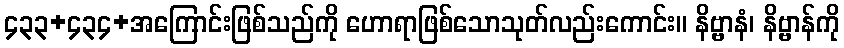
၄၃၃+၄၃၄+အကြောင်းဖြစ်သည်ကို ဟောရာဖြစ်သောသုတ်လည်းကောင်း။ နိဗ္ဗာနံ၊ နိဗ္ဗာန်ကို